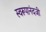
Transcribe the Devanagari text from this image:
स्वरूपानंदजी